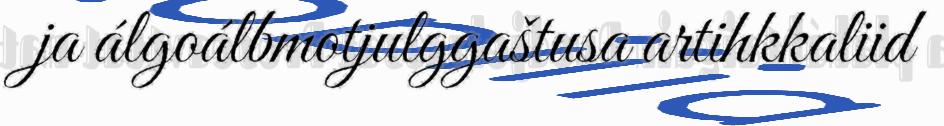
ja álgoálbmotjulggaštusa artihkkaliid